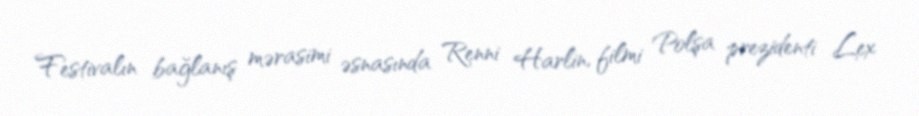
Festivalın bağlanış mərasimi əsnasında Renni Harlin, filmi Polşa prezidenti Lex